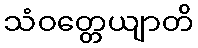
သံဝတ္တေယျာတိ